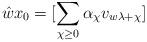
LaTeX: \begin{align*}\hat{w}x_0=[\sum\limits_{\chi\geq 0}\alpha_{\chi}v_{w\lambda+\chi}]\end{align*}